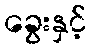
ခွေးနှင့်